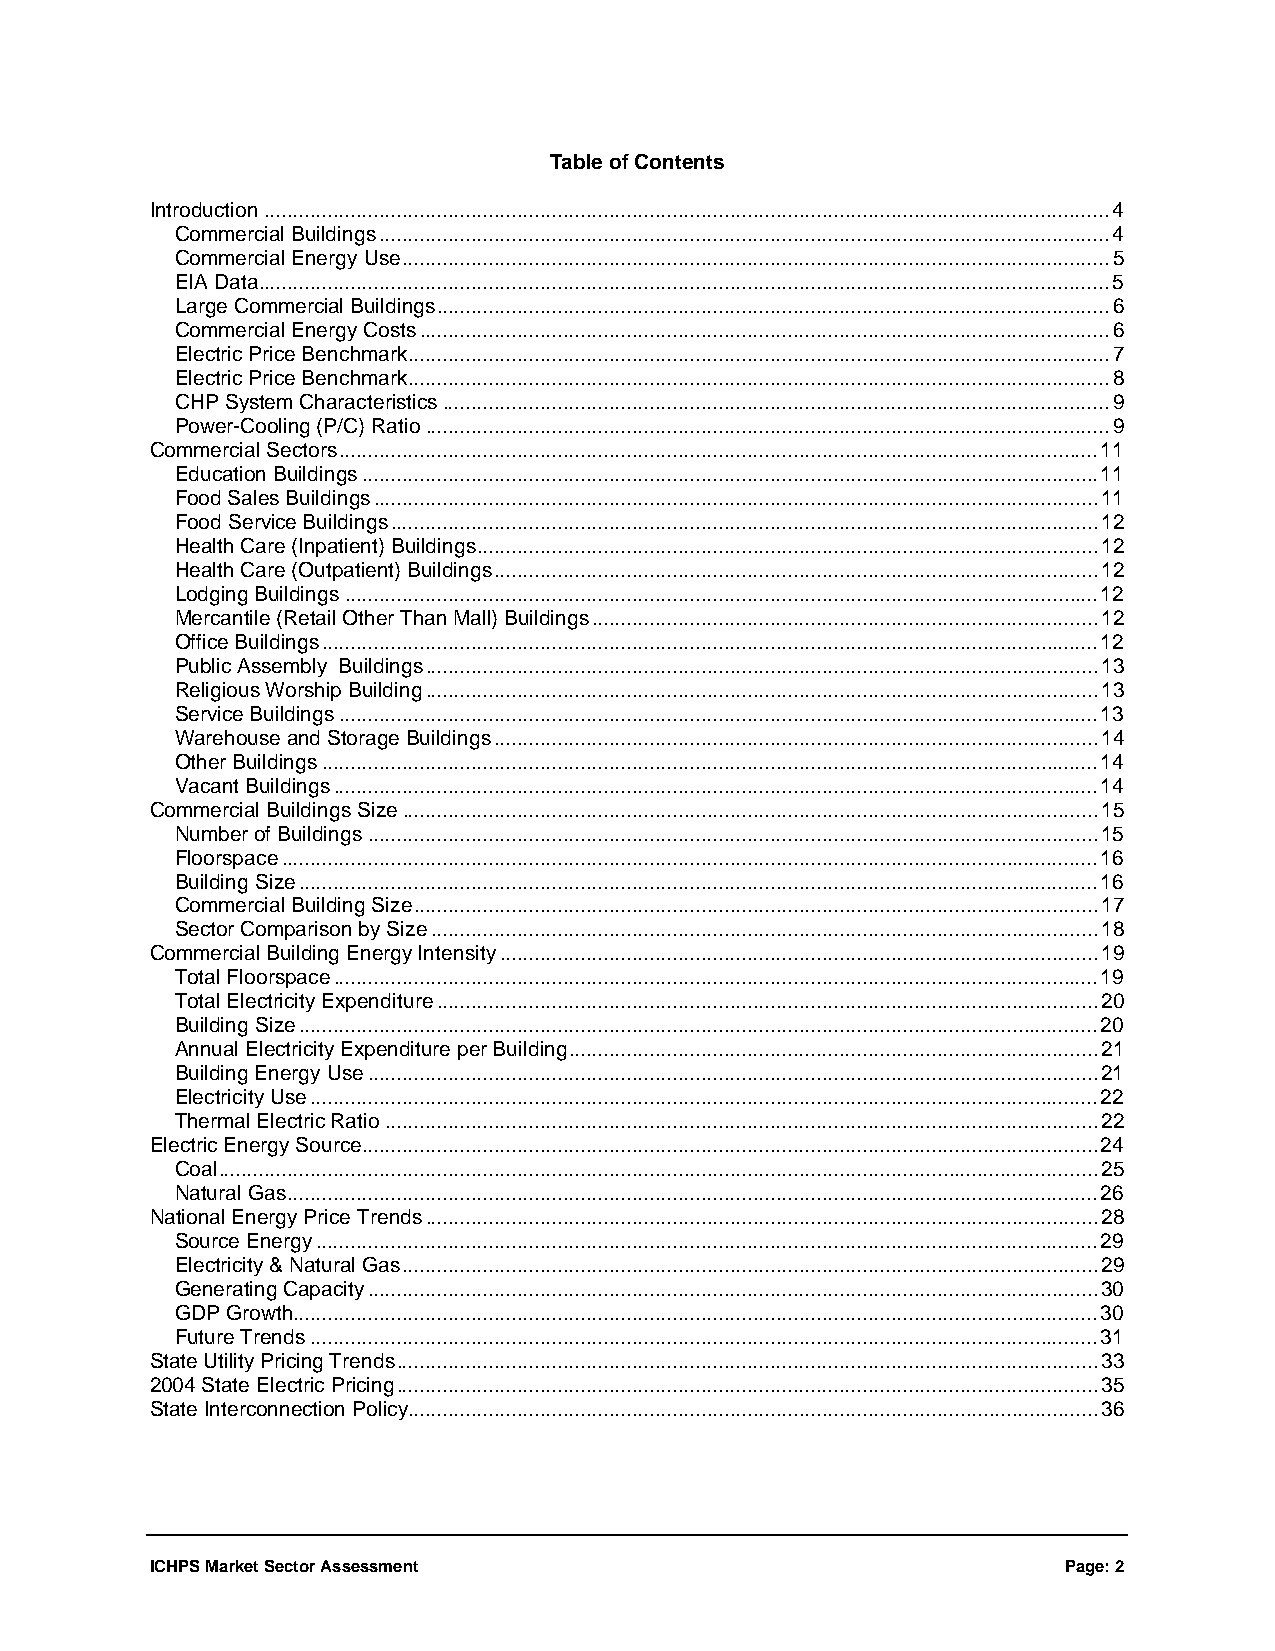
Table of Contents
 Introduction...................................................................................................................................................4
 Commercial Buildings...............................................................................................................................4
 Commercial Energy Use...........................................................................................................................5
 EIA Data....................................................................................................................................................5
 Large Commercial Buildings.....................................................................................................................6
 Commercial Energy Costs........................................................................................................................6
 Electric Price Benchmark..........................................................................................................................7
 Electric Price Benchmark..........................................................................................................................8
 CHP System Characteristics....................................................................................................................9
 Power-Cooling (P/C) Ratio.......................................................................................................................9
 Commercial Sectors....................................................................................................................................11
 Education Buildings................................................................................................................................11
 Food Sales Buildings..............................................................................................................................11
 Food Service Buildings...........................................................................................................................12
 Health Care (Inpatient) Buildings............................................................................................................12
 Health Care (Outpatient) Buildings.........................................................................................................12
 Lodging Buildings...................................................................................................................................12
 Mercantile (Retail Other Than Mall) Buildings........................................................................................12
 Office Buildings.......................................................................................................................................12
 Public Assembly Buildings.....................................................................................................................13
 Religious Worship Building.....................................................................................................................13
 Service Buildings....................................................................................................................................13
 Warehouse and Storage Buildings.........................................................................................................14
 Other Buildings.......................................................................................................................................14
 Vacant Buildings.....................................................................................................................................14
 Commercial Buildings Size.........................................................................................................................15
 Number of Buildings...............................................................................................................................15
 Floorspace..............................................................................................................................................16
 Building Size...........................................................................................................................................16
 Commercial Building Size.......................................................................................................................17
 Sector Comparison by Size....................................................................................................................18
 Commercial Building Energy Intensity........................................................................................................19
 Total Floorspace.....................................................................................................................................19
 Total Electricity Expenditure...................................................................................................................20
 Building Size...........................................................................................................................................20
 Annual Electricity Expenditure per Building............................................................................................21
 Building Energy Use...............................................................................................................................21
 Electricity Use.........................................................................................................................................22
 Thermal Electric Ratio............................................................................................................................22
 Electric Energy Source................................................................................................................................24
 Coal.........................................................................................................................................................25
 Natural Gas.............................................................................................................................................26
 National Energy Price Trends.....................................................................................................................28
 Source Energy........................................................................................................................................29
 Electricity & Natural Gas.........................................................................................................................29
 Generating Capacity...............................................................................................................................30
 GDP Growth............................................................................................................................................30
 Future Trends.........................................................................................................................................31
 State Utility Pricing Trends..........................................................................................................................33
 2004 State Electric Pricing..........................................................................................................................35
 State Interconnection Policy........................................................................................................................36
 ICHPS Market Sector Assessment                              Page: 2